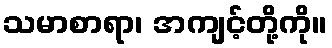
သမာစာရာ၊ အကျင့်တို့ကို။